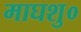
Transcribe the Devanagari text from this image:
माघशु०